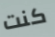
كنت